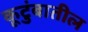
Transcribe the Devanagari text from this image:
कूटुंबातील